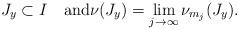
LaTeX: \begin{align*} J_y\subset I\quad\textrm{and}\nu(J_y)=\lim_{j\to\infty} \nu_{m_j}(J_y). \end{align*}